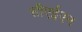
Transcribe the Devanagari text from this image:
सीएईएन